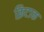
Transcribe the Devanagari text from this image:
क्रिटाक